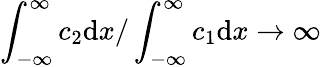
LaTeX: \int_{-\infty}^{\infty}c_{2}\mathrm{d}x/\int_{-\infty}^{\infty}c_{1}\mathrm{d}x\rightarrow\infty